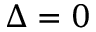
\Delta = 0